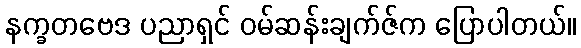
နက္ခတဗေဒ ပညာရှင် ဝမ်ဆန်းချက်ဇ်က ပြောပါတယ်။